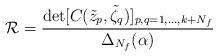
LaTeX: \begin{align*}\mathcal{R}= \frac{\det[C(\tilde z_p,\tilde \zeta_q)]_{p,q=1,\dots,k+N_f}} {\Delta_{N_f}(\alpha)}\end{align*}